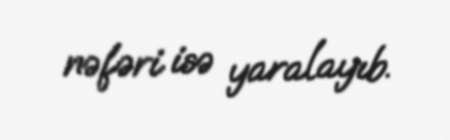
nəfəri isə yaralayıb.